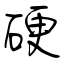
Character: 硬